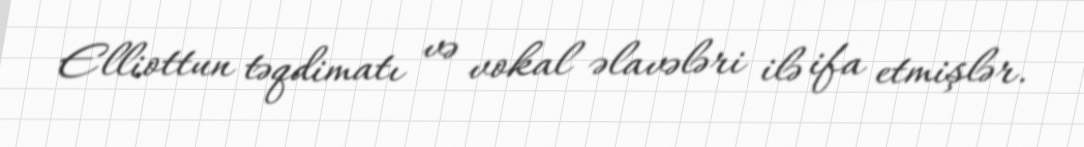
Elliottun təqdimatı və vokal əlavələri ilə ifa etmişlər.